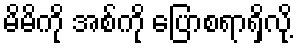
မိမိကို အစ်ကို ပြောစရာရှိလို့